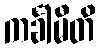
ကင်္ခါမီတိ